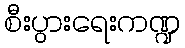
စီးပွားရေးကဏ္ဍ